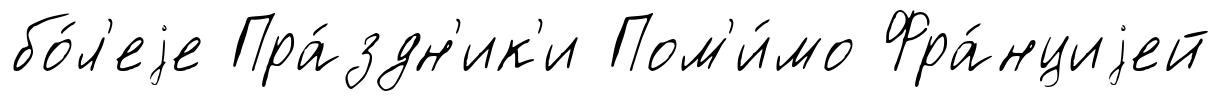
бо́л'еjе Пра́здн'ик'и Пом'и́мо Фра́нциjей